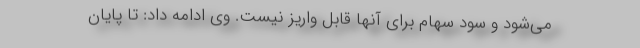
می‌شود و سود سهام برای آنها قابل واریز نیست. وی ادامه داد: تا پایان